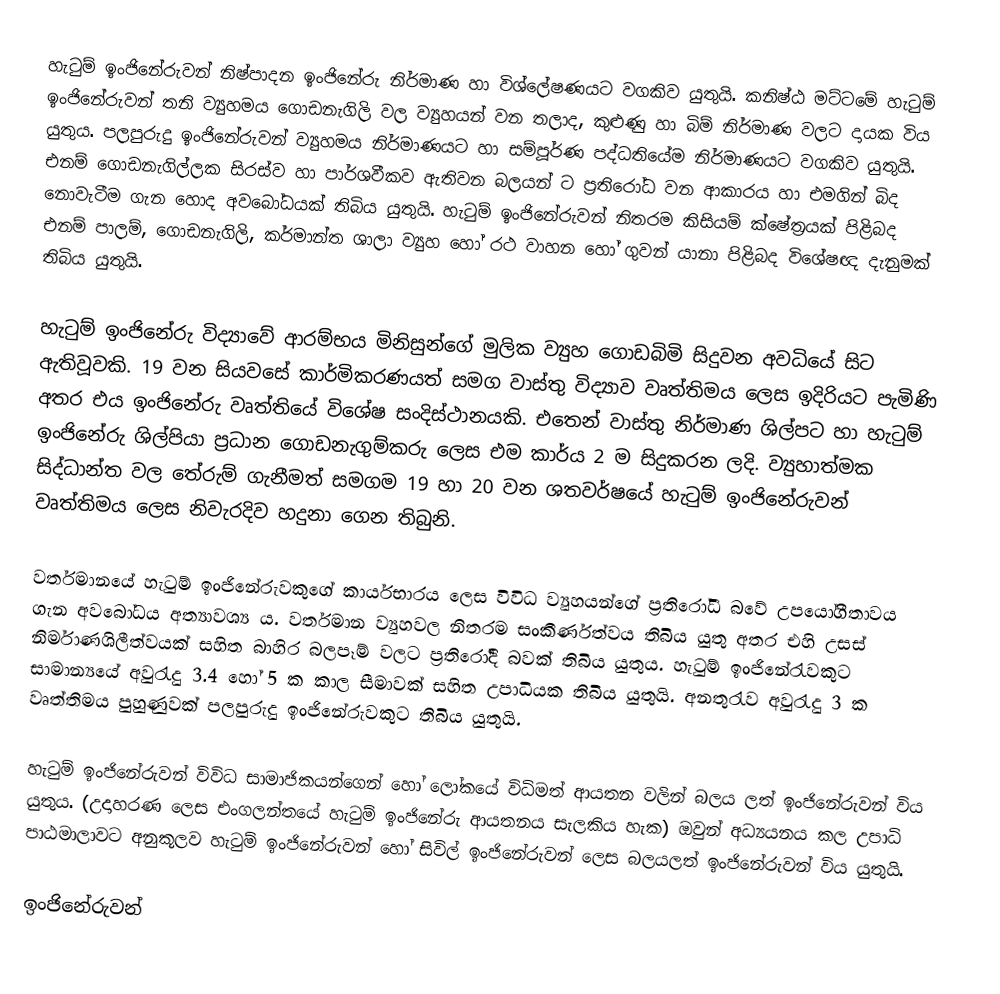
හැටුම් ඉංජිනේරුවන් නිෂ්පාදන ඉංජිනේරු නිර්මාණ හා විශ්ලේෂණයට වගකිව යුතුයි. කනිෂ්ඨ මට්ටමේ හැටුම් ඉංජිනේරුවන් තනි ව්‍යුහමය ගොඩනැගිලි වල ව්‍යුහයන් වන තලාද, කුළුණු හා බිම් නිර්මාණ වලට දායක විය යුතුය.  පලපුරුදු ඉංජිනේරුවන් ව්‍යුහමය නිර්මාණයට හා සම්පූර්ණ පද්ධතියේම නිර්මාණයට වගකිව යුතුයි. එනම් ගොඩනැගිල්ලක සිරස්ව හා පාර්ශවීකව ඇතිවන බලයන් ට ප්‍රතිරෝධ වන ආකාරය හා එමගින් බිද නොවැටීම ගැන හොද අව‍බෝධයක් තිබිය යුතුයි. හැටුම් ඉංජිනේරුවන් නිතරම කිසියම් ක්ෂේත්‍රයක් පිළිබද එනම් පාලම්, ගොඩනැගිලි, කර්මාන්ත ශාලා ව්‍යුහ හෝ රථ වාහන හෝ ගුවන් යානා පිළිබද විශේෂඥ දැනුමක් තිබිය යුතුයි.

හැටුම් ඉංජිනේරු විද්‍යාවේ ආරම්භය මිනිසුන්ගේ මුලික ව්‍යුහ ගොඩබිමි සිදුවන අවධියේ සිට ඇතිවූවකි. 19 වන සියවසේ කාර්මිකරණයත් සමග වාස්තු විද්‍යාව වෘත්තිමය ලෙස ඉදිරියට පැමිණි අතර එය ඉංජිනේරු වෘත්තියේ විශේෂ සංදිස්ථානයකි. එතෙන් වාස්තු නිර්මාණ ශිල්පට හා හැටුම් ඉංජිනේරු ශිල්පියා ප්‍රධාන ගොඩනැගුම්කරු ලෙස එම කාර්ය  2 ම සිදුකරන ලදි. ව්‍යුහාත්මක සිද්ධාන්ත වල තේරුම් ගැනීමත් සමගම 19 හා 20 වන ශතවර්ෂයේ හැටුම් ඉංජිනේරුවන් වෘත්තිමය ලෙස නිවැරදිව හදුනා ගෙන තිබුනි.

වර්තමාන‍යේ හැටුම් ඉංජිනේරුවකුගේ කාර්යභාරය ලෙස විවිධ ව්‍යුහයන්ගේ ප්‍රතිරෝධී බවේ උපයෝගීතාවය ගැන අවබෝධය අත්‍යාවශ්‍ය ය. වර්තමාන ව්‍යුහවල නිතරම සංකීර්ණත්වය තිබිය යුතු අතර එහි උසස් නිර්මාණශිලීත්වයක් සහිත බාහිර බලපෑම් වලට ප්‍රතිරෝදී බවක් තිබිය යුතුය. හැටුම් ඉංජිනේරැවකුට සාමාන්‍යයේ අවුරැදු 3.4 ‍‍හෝ 5 ක කාල සීමාවක්  සහිත උපාධියක තිබිය යුතුයි. අනතුරැව අවුරැදු 3 ක වෘත්තිමය පුහුණුවක් පලපුරුදු ඉංජිනේරුවකුට තිබිය යුතුයි.

හැටුම් ඉංජිනේරුවන් විවිධ සාමාජිකයන්ගෙන් හෝ ලෝ‍කයේ විධිමත් ආයතන වලින් බලය ලත්  ඉංජිනේරුවන් විය යුතුය. (උදාහරණ  ලෙස එංගලන්තයේ හැටුම් ඉංජිනේරු ආයතනය සැලකිය හැක) ඔවුන් අධ්‍යයනය කල උපාධි පාඨමාලාවට අනුකූලව හැටුම් ඉංජිනේරුවන් හෝ සිවිල් ඉංජිනේරුවන් ලෙස බලයලත් ඉංජිනේරුවන් විය යුතුයි.

ඉංජිනේරුවන්